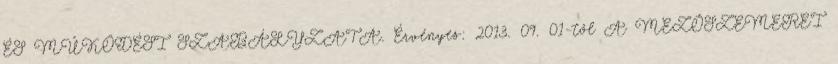
ÉS MŰKÖDÉSI SZABÁLYZATA. Érvényes: 2013. 09. 01-től A MEZŐSZEMEREI